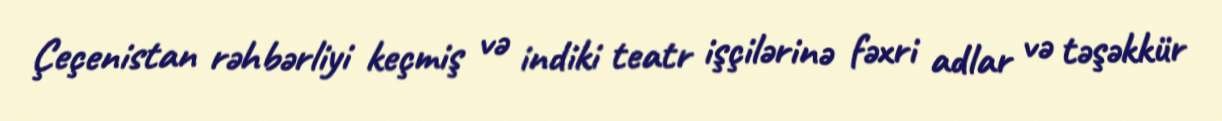
Çeçenistan rəhbərliyi keçmiş və indiki teatr işçilərinə fəxri adlar və təşəkkür